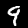
Digit: 9